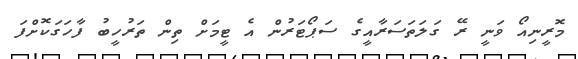
މޮރީނިއޯ ވަނީ ރޭ ގަލަތަސަރާއީގެ ސަޕޯޓަރުން އެ ޓީމަށް ތިން ތަރުހީބު ފާހަގަކޮށްފަ